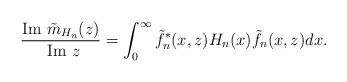
LaTeX: \begin{align*}\frac{\textrm{Im }\tilde{m}_{H_n}(z)}{\textrm{ Im }z}=\int_0^{\infty}\tilde{f}^*_n(x,z)H_n(x)\tilde{f}_n(x,z)dx.\end{align*}